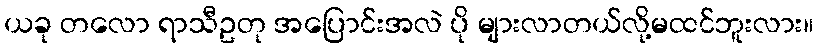
ယခု တလော ရာသီဥတု အပြောင်းအလဲ ပို များလာတယ်လို့မထင်ဘူးလား။